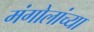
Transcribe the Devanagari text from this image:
मंगोलांच्या